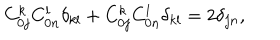
C _ { 0 j } ^ { k } C _ { 0 n } ^ { l } \delta _ { k l } + C _ { 0 j } ^ { k } C _ { 0 n } ^ { l } \delta _ { k l } = 2 \delta _ { j n } ,